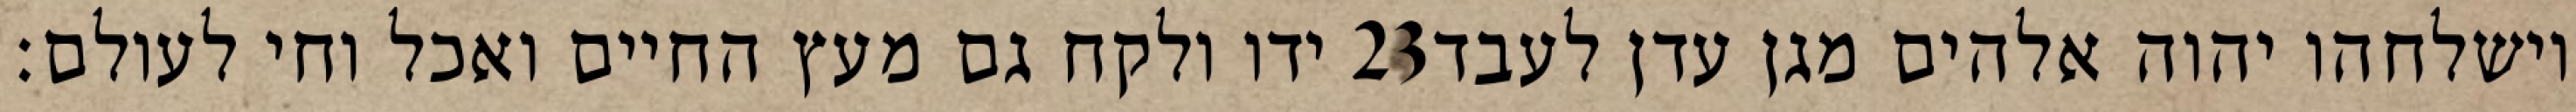
ידו ולקח גם מעץ החיים ואכל וחי לעולם׃ ‎23‏ וישלחהו יהוה אלהים מגן עדן לעבד